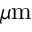
\mu \mathrm { m }